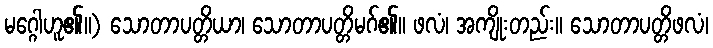
မဂ္ဂေါဟူ၏။) သောတာပတ္တိယာ၊ သောတာပတ္တိမဂ်၏။ ဖလံ၊ အကျိုးတည်း။ သောတာပတ္တိဖလံ၊